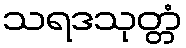
သရဒသုတ္တံ